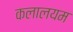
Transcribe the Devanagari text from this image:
कलालयम